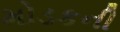
મોડકની